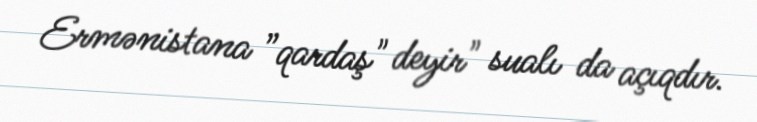
Ermənistana ”qardaş" deyir" sualı da açıqdır.